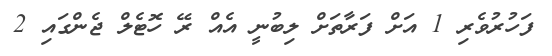
ފަހުރުވެރި 1 އަށް ފަރާތަށް ލިބުނީ އެއް ރޭ ހޮޓެލް ޖެންގައި 2